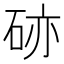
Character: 硛